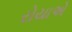
રોયાએ